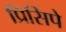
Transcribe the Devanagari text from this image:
प्रिसिपे